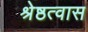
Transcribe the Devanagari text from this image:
श्रेष्ठत्वास